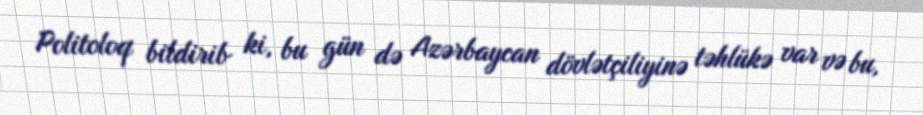
Politoloq bildirib ki, bu gün də Azərbaycan dövlətçiliyinə təhlükə var və bu,